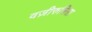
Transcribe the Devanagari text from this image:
वज़ीरुन्निसा